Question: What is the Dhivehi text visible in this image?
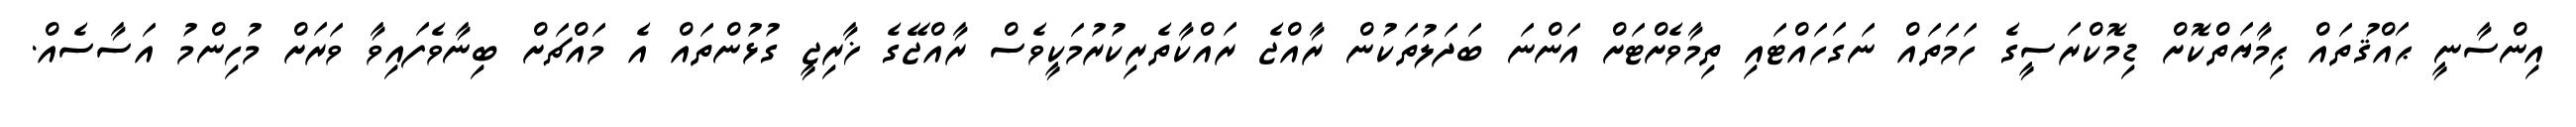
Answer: އިންސާނީ ޙައްޤުތައް ޙިމާޔަތްކޮށް ޑިމޮކްރަސީގެ ހަމަތައް ނަގަހައްޓައި ތިމާވެށްޓަށް އަންނަ ބަދަލުތަކުން ރާއްޖެ ރައްކާތެރިކުރުމަކީވެސް ރާއްޖޭގެ ޚާރިޖީ ގުޅުންތައް އެ މައްޗަށް ބިނާވެފައިވާ ވަރަށް މުހިންމު އަސާސެއް.